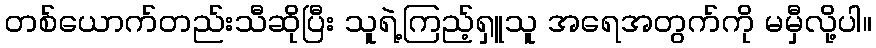
တစ်ယောက်တည်းသီဆိုပြီး သူရဲ့ကြည့်ရှူသူ အရေအတွက်ကို မမှီလို့ပါ။